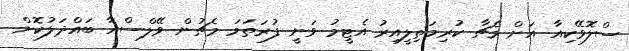
ސްލޮވޭކިއާ އަށް މެޗާ ކުރިމަތިލީއިރު އެޓީމު ވަނީ ފުރަތަމަ މެޗުން ވޭލްސްއާ ބައްދަލުކޮށް